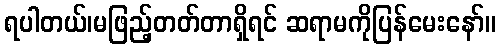
ရပါတယ်၊မဖြည့်တတ်တာရှိရင် ဆရာမကိုပြန်မေးနော်။